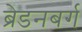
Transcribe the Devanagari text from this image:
ब्रेडनबर्ग